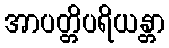
အာပတ္တိပရိယန္တာ